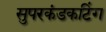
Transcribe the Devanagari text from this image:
सुपरकंडकटिंग